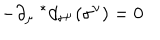
LaTeX: - \partial _ { \mu } \ ^ { * } d _ { \sigma ^ { \mu } } ( \sigma ^ { \nu } ) = 0